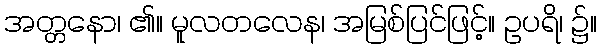
အတ္တနော၊ ၏။ မူလတလေန၊ အမြစ်ပြင်ဖြင့်။ ဥပရိ၊ ၌။